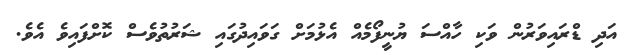
އަދި ޑްރައިވަރުން ވަކި ހާއްސަ ޔުނީފޯމެއް އެޅުމަށް ގަވައިދުގައި ޝަރުތުވެސް ކޮށްފައިވެ އެވެ.